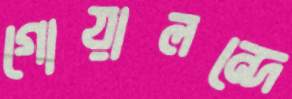
গোয়ালন্দে